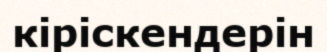
кіріскендерін